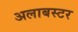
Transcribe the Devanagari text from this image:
अलाबस्टर